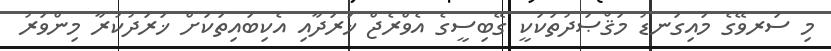
މި ސަރވޭގެ މައިގަނޑު މަޤްޞަދުތަކަކީ ގޭބިސީގެ އެވްރެޖް ޚަރަދާއި އެކިބައިތަކަށް ޚަރަދުކުރާ މިންވަރު